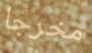
مخرجا